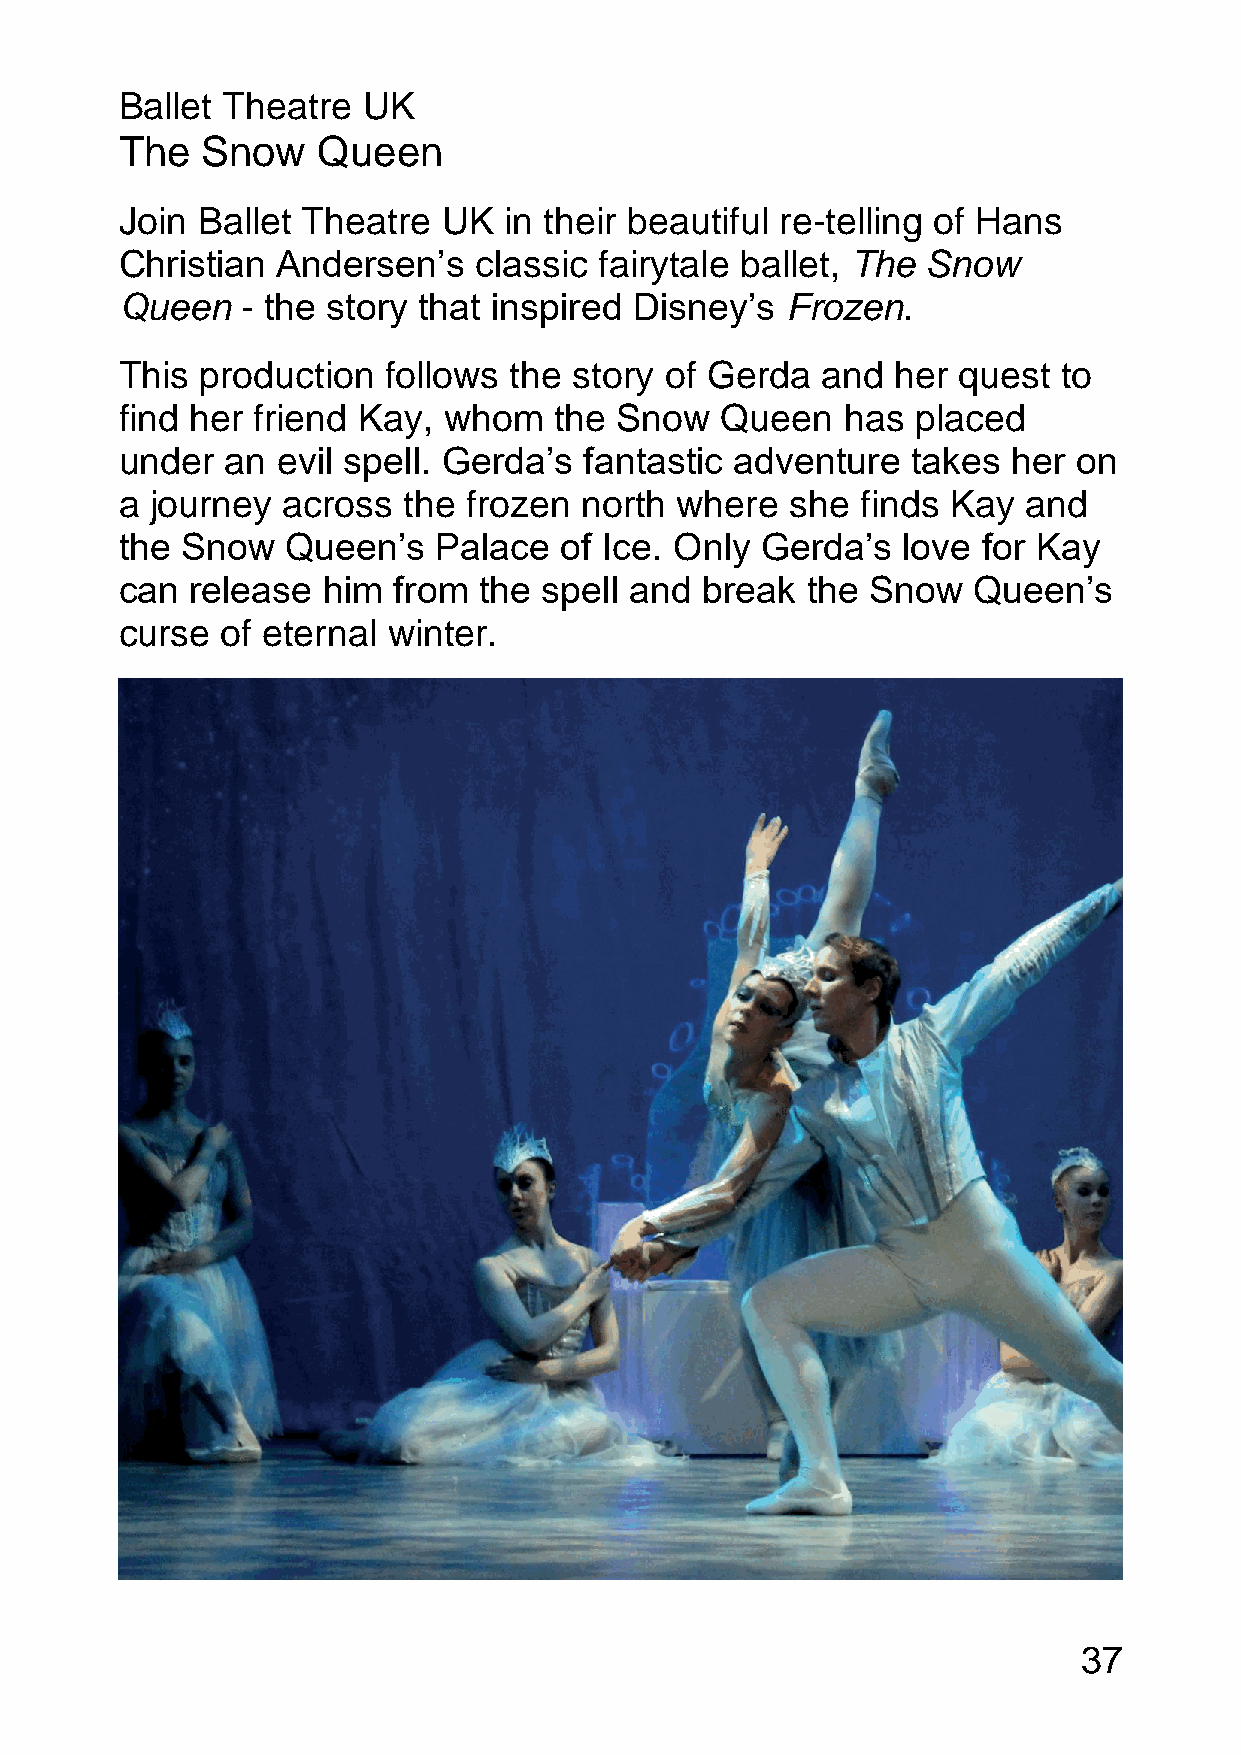
Ballet Theatre  UK
 The  Snow    Queen
 Join Ballet Theatre  UK  in their beautiful re-telling of Hans
 Christian Andersen’s   classic  fairytale ballet, The Snow
 Queen   - the story that inspired Disney’s  Frozen.
 This production   follows the story of Gerda  and  her quest  to
 find her friend Kay, whom    the Snow   Queen   has  placed
 under  an evil spell. Gerda’s  fantastic adventure  takes  her on
 a journey  across  the frozen north  where  she  finds Kay  and
 the Snow   Queen’s   Palace  of Ice. Only Gerda’s   love for Kay
 can  release him  from  the spell and break  the  Snow  Queen’s
 curse  of eternal winter.
 37